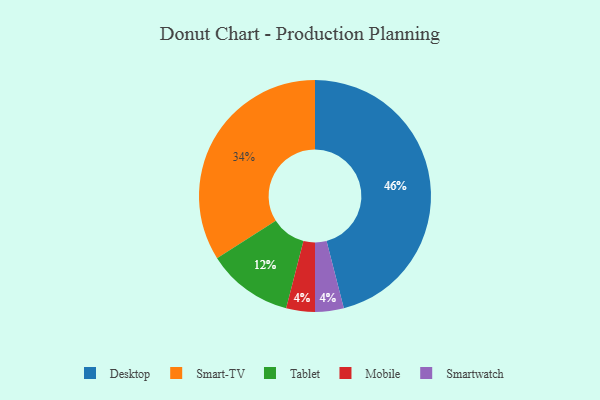
{"axis": {"x": "Category", "y": "Percentage"}, "legend": ["Desktop", "Mobile", "Smart-TV", "Smartwatch", "Tablet"], "data": [{"x": "Tablet", "y": 12, "type": "Tablet"}, {"x": "Smart-TV", "y": 34, "type": "Smart-TV"}, {"x": "Mobile", "y": 4, "type": "Mobile"}, {"x": "Desktop", "y": 46, "type": "Desktop"}, {"x": "Smartwatch", "y": 4, "type": "Smartwatch"}]}